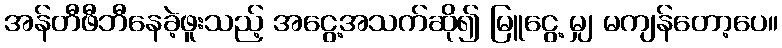
အန်တီဖီဘီနေခဲ့ဖူးသည့် အငွေ့အသက်ဆို၍ မြူငွေ့ မျှ မကျန်တော့ပေ။